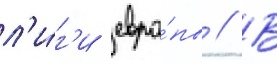
л'и́г'и евро́пы // В